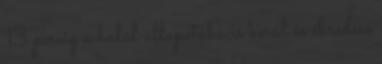
13 percig a halál állapotába is kerül és ébredése